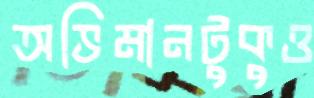
অভিমানটুকুও